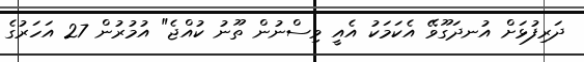
ދަރިފުޅަށް އުނދަގޫވޭ އެކަމަކު އެއީ ވިސްނުން ތޫނު ކުއްޖެ" އުމުރުން 27 އަހަރުގެ